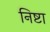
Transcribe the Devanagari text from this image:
निष्टा